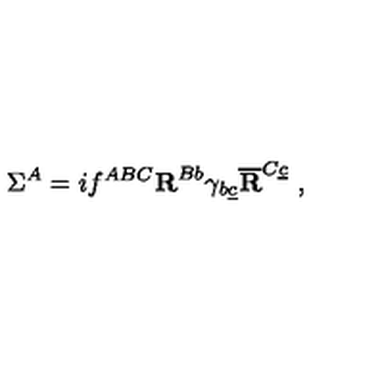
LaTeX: \Sigma ^ { A } = i f ^ { A B C } { \bf R } ^ { B b } \gamma _ { b \underline { c } } \overline { { \bf R } } ^ { C \underline { c } } \ ,